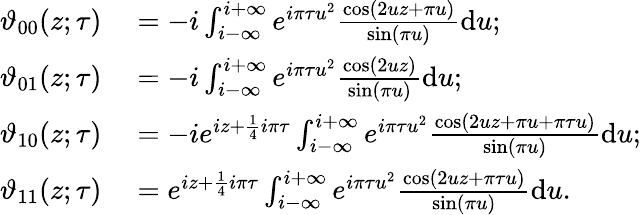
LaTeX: \begin{array}{rl}{\vartheta_{00}(z;\tau)}&{{}=-i\int_{i-\infty}^{i+\infty}e^{i\pi\tau u^{2}}{\frac{\cos(2uz+\pi u)}{\sin(\pi u)}}\mathrm{d}u;}\\ {\vartheta_{01}(z;\tau)}&{{}=-i\int_{i-\infty}^{i+\infty}e^{i\pi\tau u^{2}}{\frac{\cos(2uz)}{\sin(\pi u)}}\mathrm{d}u;}\\ {\vartheta_{10}(z;\tau)}&{{}=-ie^{iz+{\frac{1}{4}}i\pi\tau}\int_{i-\infty}^{i+\infty}e^{i\pi\tau u^{2}}{\frac{\cos(2uz+\pi u+\pi\tau u)}{\sin(\pi u)}}\mathrm{d}u;}\\ {\vartheta_{11}(z;\tau)}&{{}=e^{iz+{\frac{1}{4}}i\pi\tau}\int_{i-\infty}^{i+\infty}e^{i\pi\tau u^{2}}{\frac{\cos(2uz+\pi\tau u)}{\sin(\pi u)}}\mathrm{d}u.}\end{array}